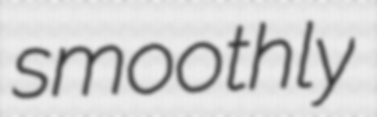
smoothly